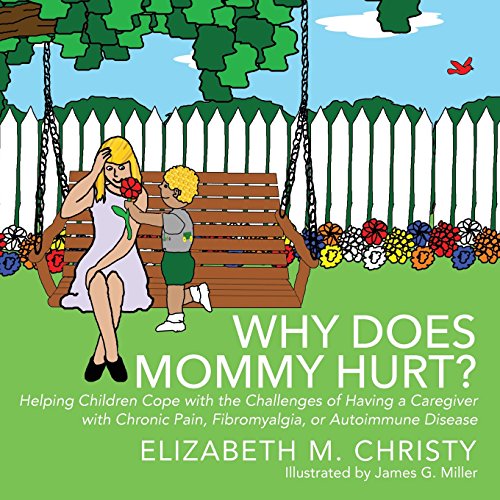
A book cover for Why Does Mommy Hurt?: Helping Children Cope with the Challenges of Having a Caregiver with Chronic Pain, Fibromyalgia, or Autoimmune Disease; Elizabeth M. Christy; Health, Fitness & Dieting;